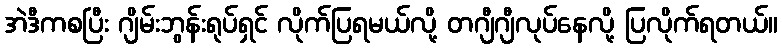
အဲဒီကစပြီး ဂျိမ်းဘွန်းရုပ်ရှင် လိုက်ပြရမယ်လို့ တဂျီဂျီလုပ်နေလို့ ပြလိုက်ရတယ်။